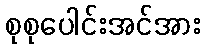
စုစုပေါင်းအင်အား